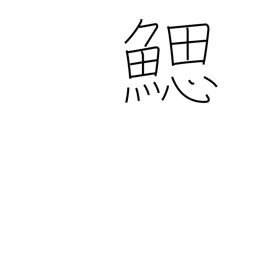
Meaning: gill slits